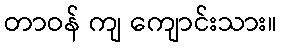
တာဝန် ကျ ကျောင်းသား။